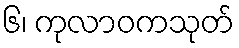
၆၊ ကုလာဝကသုတ်